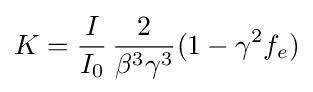
{K}={\frac {I}{I_{0}}}\,{\frac {2}{{\beta }^{3}{\gamma }^{3}}}(1-\gamma ^{2}f_{e})